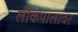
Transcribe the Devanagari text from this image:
लोकपालावर